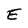
Character: E